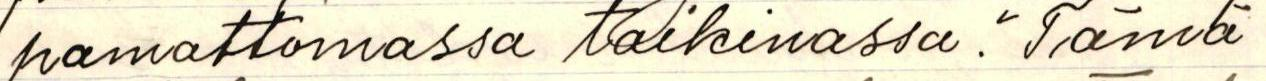
pamattomassa taikinassa. "Tämä